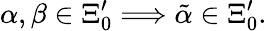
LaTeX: \alpha,\beta\in\Xi_{0}^{\prime}\Longrightarrow\tilde{\alpha}\in\Xi_{0}^{\prime}.